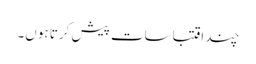
چند اقتباسات پیش کرتا ہوں۔